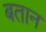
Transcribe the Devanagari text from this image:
बतान